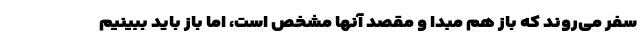
سفر می‌روند که باز هم مبدا و مقصد آنها مشخص است، اما باز باید ببینیم